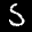
Label: 5